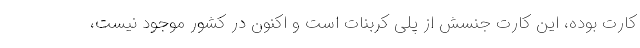
کارت بوده، این کارت جنسش از پلی کربنات است و اکنون در کشور موجود نیست،